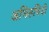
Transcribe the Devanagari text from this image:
अभिरूचियो